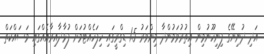
އަދި ދުނިޔޭގެ ފިނިހޫނުމިން އިތުރުވަމުންދާ މިންވަރު 1.5 ޑިގްރީގައި ހިފަހެއްޓުމަށް ފުޅާދާއިރާއެއްގައި މަސައްކަތް